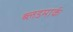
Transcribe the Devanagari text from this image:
ब्लडमार्क